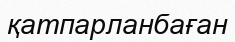
қатпарланбаған